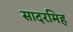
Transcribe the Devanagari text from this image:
सादरमिह